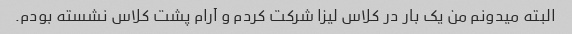
البته میدونم من یک بار در کلاس لیزا شرکت کردم و آرام پشت کلاس نشسته بودم.